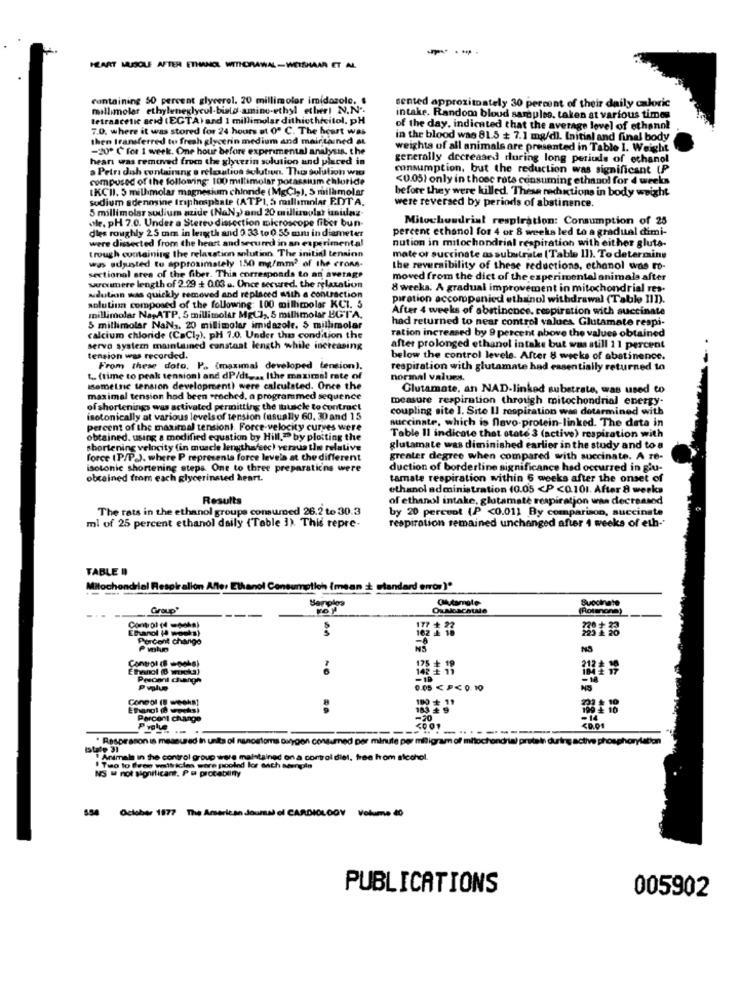
----
HEART MUSCLE AFTER ETHANOL WITHDRAWAL-WEISHAAR ET AL
containing 50 percent glycerol. 20 millimolor imidazole.
sented approximately 30 percent of their daily caloric
millimoler ethyleneglycol-bialo-amino-ethyl etleri N.N ..
tetraacetic acid (ECTA) and 1 millimolar dithicthecitol. pH
intake. Random blood samples, taken at various times
7.0. where it was stored for 24 hours at 0º C. The heart was
of the day. indicated that the average level of ethanol
then transferred to fresh glycerin medium and mair tained at
in the blood was 81.5 + 7.1 mg/dl. Initial and final body
-20º C for 1 week. One hour before experimental analysis, the
weights of all animals are presented in Table 1. Weight
heari was removed from the glycerin solution and placed in
generally decreased during long periods of ethanol
a Petri dish containing s relaxation solution. The solution wia
consumption, but the reduction was significant (P
compused of the following: 100 millimolar potassium chloride
<0.05) only in those rats consuming ethanol for 4 weeks
IKCII. 5 mill molar magnesium chinride (MgC),), 5 milamolar
before they were killed. These rechictions in body weight
sodium adenosine triphosphate (ATPI, 5 millimolar EDTA.
were reversed by periods of abstinence.
5 millimolar sudium azide (NaN,) and 20 millizoplat unidaz-
ole, pH 7.0. Under a Stereo dissection microscope fiber bun
Mitochondrial respiration: Consumption of 25
dies roughly 2.5 mm in length and 0.33 to 0.55 mm in diameter
percent ethanol for 4 or 8 weeks led to a gradual dimi-
were dissected from the heart and secured in an experimental
nution in mitochondrial respiration with either gluta-
trough containing the relaxation solution The initial tension
was adjusted to approximately 150 mg/mm2 of the cross-
mate or succinate as substrate (Table 11). To determine
the reversibility of these reductions, ethanol was ro-
sectional area of the fiber. This corresponds to an average
moved from the dict of the experimental animale after
sercumere length of 2.29 + 0.03 .. Once secured. the relaxation
8 weeks. A gradual improvement in mitochondrial res.
udution was quickly removed and replaced with a contraction
piration accompanied ethanol withdrawal (Table III).
solution composed of the following: 100 millmolar KCI. 5
After 4 weeks of abstinence. respiration with succinate
millimolar Na-ATP. 5 millimolar MgCl ,, 5 millimolar BGTA.
had returned to near control values Glutamate respi-
5 millimolar NaNa, 20 millimolar imidazole. 5 millimolar
calcium chloride (CaCly), pH 7.0. Under the condition the
ration increased by 9 percent above the values obtained
servo system maintained constaat length while increasing
after prolonged ethanol intake but was still 11 percent
tension was recorded.
below the control levels. After 8 weeks of abstinence.
From these doto, P .. (maximal developed tension).
respiration with glutamate had essentially returned to
& .. (time to peak tension) and dP/dt ... (the maximal rate of
normal values.
isometric tension development) were calculated. Once the
Glutamate, an NAD-linked substrate, was used to
maximal tension had been "coched, a programmed sequence
measure respiration through mitochondrial energy-
of shortenings was activated permitting the thuscle to contract
coupling site I. Site Il respiration was determined with
isotonically at various levels of tension (usually 60. 30 and 15
succinate, which is flavo-protein-linked. The data in
percent of the maximal tensiont. Force-velocity curves were
obtained. using a modified equation by Hill." by plotting the
Table Il indicate that state 3 (active) respiration with
shortening velocity (in muscle lengthafsec) versus the relative
glutamate was diminished earlier in the study and to a
force (P/P.). where P representa force levels at the different
greater degree when compared with succinate. A re-
isotonic shortening steps. Ont to three preparaticns were
duction of borderline significance had occurred in glu-
obtained from each glycerinsted heart.
tamate respiration within 6 weeks after the onset of
ethanol administration (0.05 <P <0.101. After 8 weeks
Results
of ethanol intake, glutamate respiration was decreased
The rats in the ethanol groups consumed 26.2 to 30.3
by 20 percent (P <0.011 By comparison, succinate
ml of 25 percent ethanol daily (Table 3). This repre-
respiration remained unchanged after 4 weeks of eth-
TABLE !!
Mitochondrial Respiralion After Ethanol Consumption (mean + standard error )*
Succinate
Group'
OuMioschule
(Rotaona)
Ethanol (4 weeks)
Porcont chango
Control (8 -pohs)
104 2 17
212 + 10
Perogni changh
-MA
0.05€P<0 10
Conpol (! weeks)
Parcent change
-20
--------...
* Respirason is measured in units of nanoatoms Dargen consumed per minute per miligram of mit
tive pho
honla
totale 31
! Animals in the control group ware maintained on a control diet, free from alcohol.
NS w not significant, Pa procatlinty
!Tuo to free volt icles wore pooled lor each Meergala
554 Ochber 1877 The American Journal of CARDIOLOGY Volume 40
PUBLICATIONS
005902